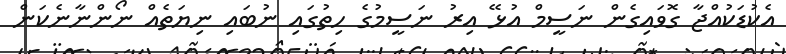
އެކުޑަކުއްޖާ ގޮވައިގެން ނަސީމް އުޅޭ އިރު ނަސީމުގެ ހިތުގައި ނުބައި ނިޔަތެއް ނޯންނާނެކަން